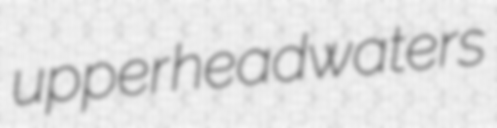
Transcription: upper headwaters